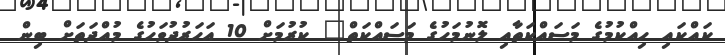
ކައްކައި ހިއްކުމުގެ މަސައްކަތާއި ލޮނުމަހުގެ މަސައްކަތް" ކުރުމަށް 10 އަހަރުދުވަހުގެ މުއްދަތަށް ބިން